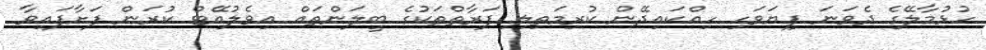
ހުޅުމާލޭގެ ދެވަނަ ފިޔަވަހި ހިއްކައިދޭން ކުރިމަތިލި ފަރާތްތަކުގެ ބީލަންތައް އިވެލުއޭޓް ކުރަން ފަށާފައިވާ